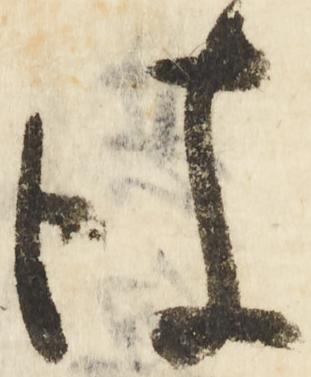
彼